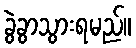
ခွဲခွာသွားရမည်။